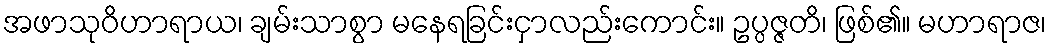
အဖာသုဝိဟာရာယ၊ ချမ်းသာစွာ မနေရခြင်းငှာလည်းကောင်း။ ဥပ္ပဇ္ဇတိ၊ ဖြစ်၏။ မဟာရာဇ၊